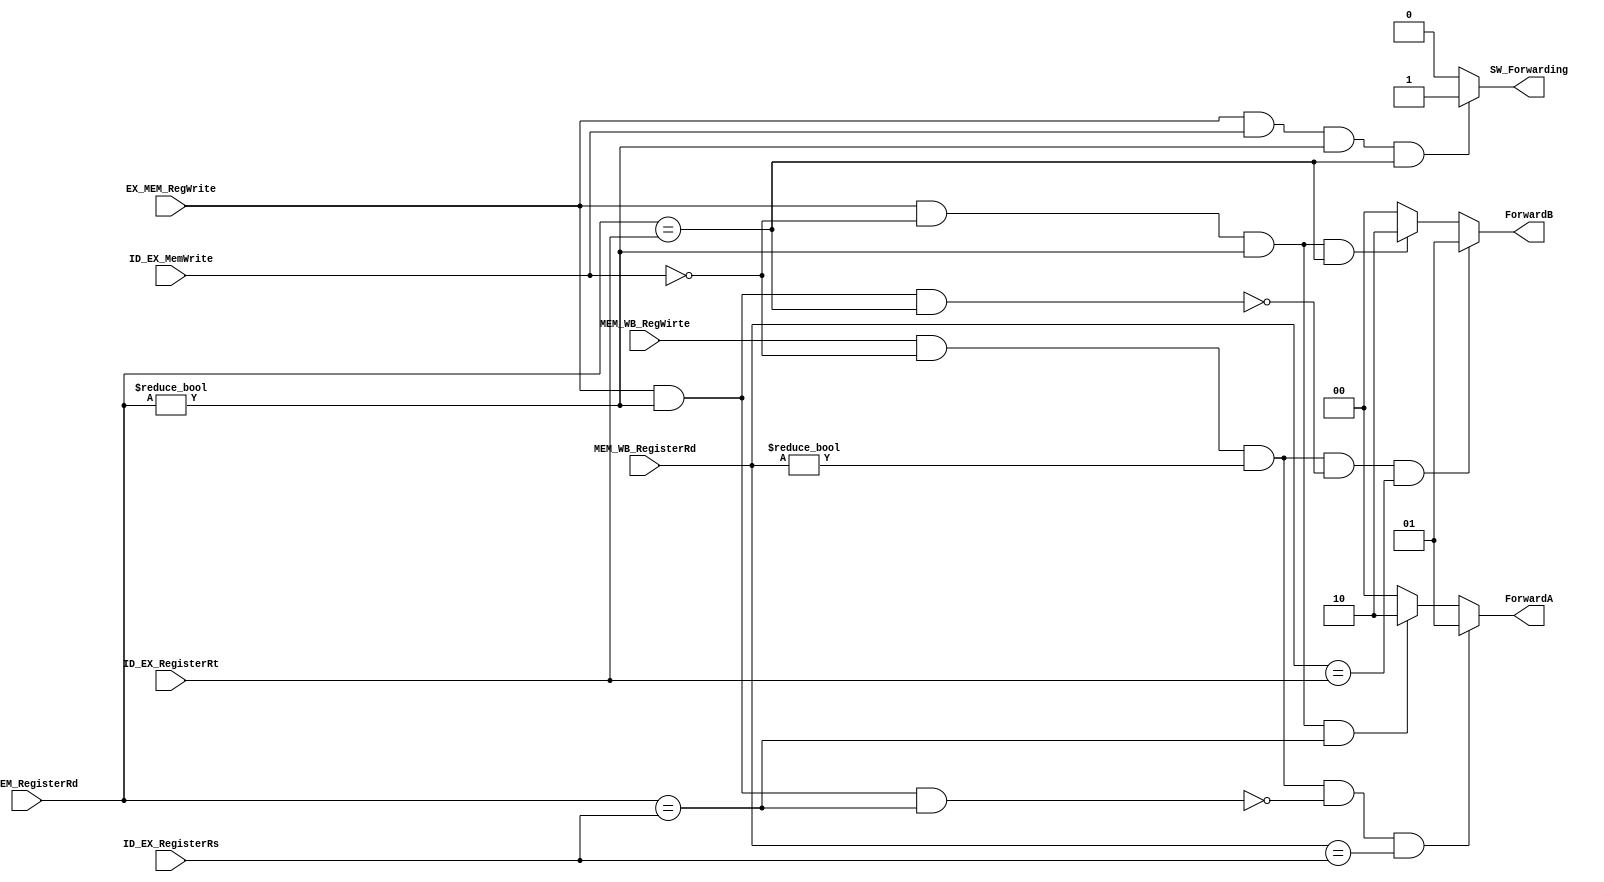
module ForwardingUnit (
    input               ID_EX_MemWrite, // for sw
    input               EX_MEM_RegWrite, 
    input               MEM_WB_RegWirte, 
    input [4:0]         EX_MEM_RegisterRd, 
    input [4:0]         MEM_WB_RegisterRd, 
    input [4:0]         ID_EX_RegisterRs, 
    input [4:0]         ID_EX_RegisterRt, 
    output reg [1:0]    ForwardA, 
    output reg [1:0]    ForwardB,
    output reg          SW_Forwarding
);

    /* input declaration */
    wire                EX_MEM_RegWrite;
    wire                MEM_WB_RegWirte;
    wire [4:0]          EX_MEM_RegisterRd;
    wire [4:0]          MEM_WB_RegisterRd;
    wire [4:0]          ID_EX_RegisterRs;
    wire [4:0]          ID_EX_RegisterRt;

    always @(*) begin
        /* BUG FIXED: allow two forwarding in a single command.
            e.g. 
                sub $v0,    $a0,    $a1
                    ^^^                     MEM
                sub $v1,    $a1,    $a0
                    ^^^                     EX
                sub $a2,    $v1,    $v0
                            ^^^     ^^^
         */
        
        /* defaults */ 
        ForwardA <= 2'b00;
        ForwardB <= 2'b00;
        SW_Forwarding <= 1'b0;
        
        /* EX hazard */ 
        if (EX_MEM_RegWrite && !ID_EX_MemWrite 
            && (EX_MEM_RegisterRd != 5'b00000) 
            && (EX_MEM_RegisterRd == ID_EX_RegisterRs))
            begin
                ForwardA <= 2'b10;
                // ForwardB <= 2'b00;
            end

        
        if (EX_MEM_RegWrite && !ID_EX_MemWrite 
            && (EX_MEM_RegisterRd != 5'b00000) 
            && (EX_MEM_RegisterRd == ID_EX_RegisterRt))
            begin
                // ForwardA <= 2'b00;
                ForwardB <= 2'b10;
            end

        /* MEM hazard */
        if (MEM_WB_RegWirte && !ID_EX_MemWrite
            && (MEM_WB_RegisterRd != 5'b00000)
            && ! (EX_MEM_RegWrite 
                && (EX_MEM_RegisterRd != 5'b00000)
                && (EX_MEM_RegisterRd == ID_EX_RegisterRs))
            && (MEM_WB_RegisterRd == ID_EX_RegisterRs))
            begin
                ForwardA <= 2'b01;
                // ForwardB <= 2'b00;
            end

        if (MEM_WB_RegWirte && !ID_EX_MemWrite
            && (MEM_WB_RegisterRd != 5'b00000)
            && ! (EX_MEM_RegWrite 
                && (EX_MEM_RegisterRd != 5'b00000)
                && (EX_MEM_RegisterRd == ID_EX_RegisterRt))
            && (MEM_WB_RegisterRd == ID_EX_RegisterRt))
            begin
                // ForwardA <= 2'b00;
                ForwardB <= 2'b01;
                // $display("MEM forwarding");
            end
        /* SW Forwarding */
        if (EX_MEM_RegWrite && ID_EX_MemWrite
            && (EX_MEM_RegisterRd != 5'b00000)
            && (EX_MEM_RegisterRd == ID_EX_RegisterRt))
            begin
                SW_Forwarding <= 1'b1;
                // $display("SW_FORWARDING");
            end 

    end

endmodule